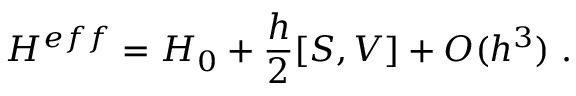
H ^ { e f f } = H _ { 0 } + \frac { h } { 2 } [ S , V ] + O ( h ^ { 3 } ) \ .